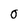
Character: 0